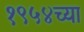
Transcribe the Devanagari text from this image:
१९५४च्या